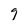
Character: 9